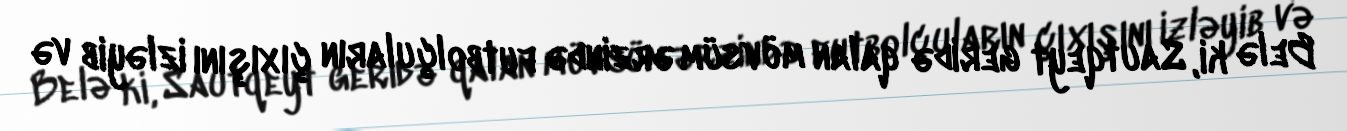
Belə ki, Sautqeyt geridə qalan mövsüm ərzində futbolçuların çıxışını izləyib və